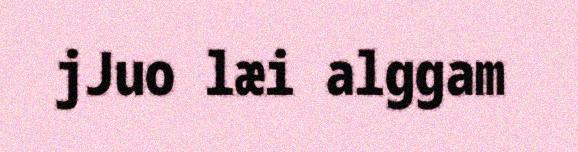
jJuo læi alggam